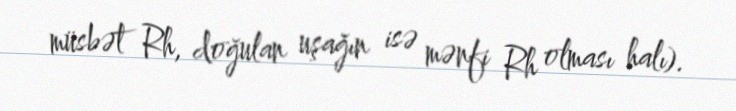
müsbət Rh, doğulan uşağın isə mənfi Rh olması halı).